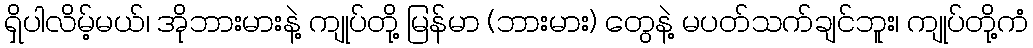
ရှိပါလိမ့်မယ်၊ အိုဘားမားနဲ့ ကျုပ်တို့ မြန်မာ (ဘားမား) တွေနဲ့ မပတ်သက်ချင်ဘူး၊ ကျုပ်တို့ကံ